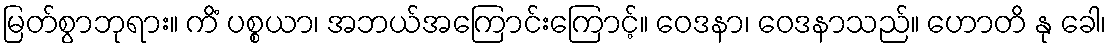
မြတ်စွာဘုရား။ ကိံ ပစ္စယာ၊ အဘယ်အကြောင်းကြောင့်။ ဝေဒနာ၊ ဝေဒနာသည်။ ဟောတိ နု ခေါ၊